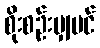
စိုးစဉ်းမျှပင်